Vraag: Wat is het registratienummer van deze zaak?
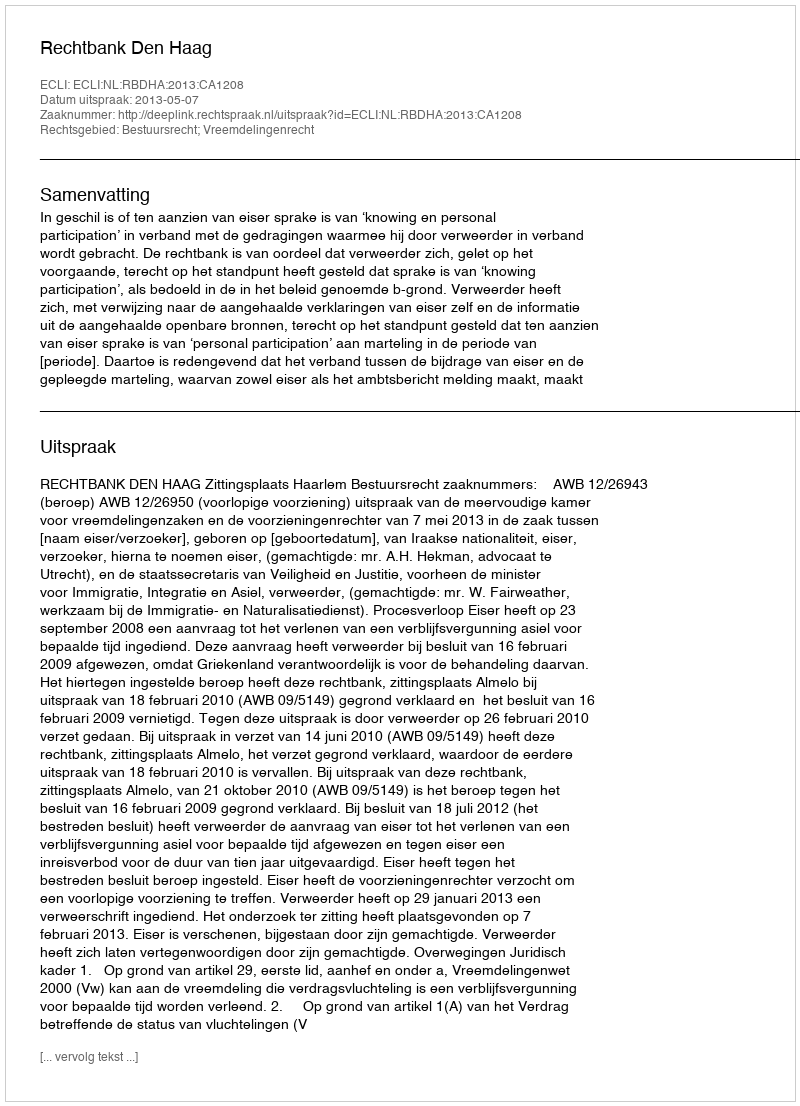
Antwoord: http://deeplink.rechtspraak.nl/uitspraak?id=ECLI:NL:RBDHA:2013:CA1208